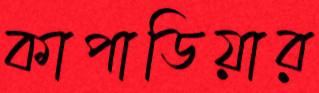
কাপাডিয়ার